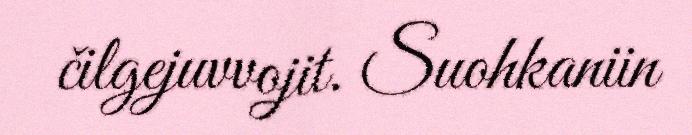
čilgejuvvojit. Suohkaniin